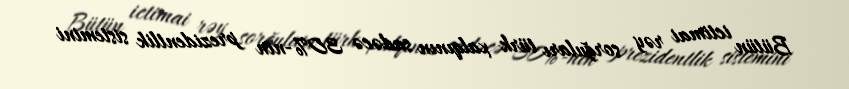
Bütün ictimai rəy sorğuları türk xalqının sadəcə 30%-nin prezidentlik sistemini